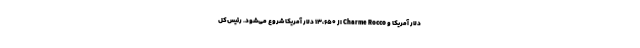
دلار آمریکا و Charme Rocco از ۱۳،۶۵۰ دلار آمریکا شروع می‌شود. رئیس‌کل